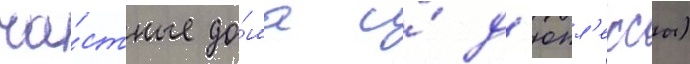
ча́стные до́ма и́ д'юпл'ексы)